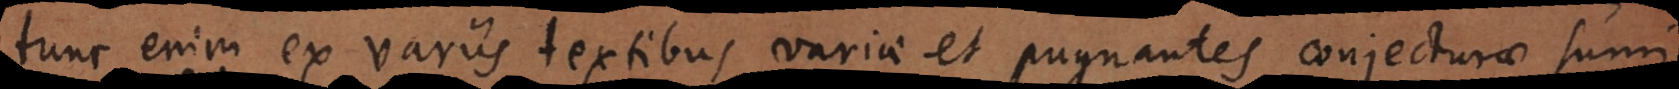
tunc enim ex variis textibus variae et pugnantes conjecturae sumi